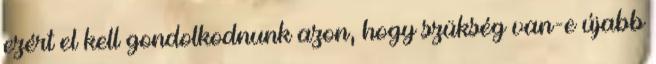
ezért el kell gondolkodnunk azon, hogy szükség van-e újabb